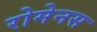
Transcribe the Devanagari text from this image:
रोमेनस